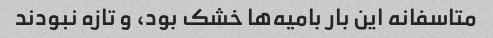
متاسفانه این بار بامیه‌ها خشک بود، و تازه نبودند